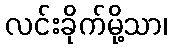
လင်းခိုက်မို့သာ၊